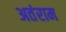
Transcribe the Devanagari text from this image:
अतंराम